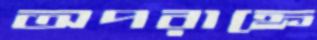
অপরাহ্নে